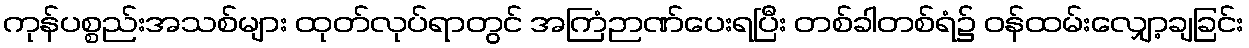
ကုန်ပစ္စည်းအသစ်များ ထုတ်လုပ်ရာတွင် အကြံဉာဏ်ပေးရပြီး တစ်ခါတစ်ရံ၌ ဝန်ထမ်းလျှော့ချခြင်း